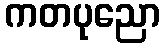
ကတပုညော